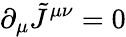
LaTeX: \partial_{\mu}\tilde{J}^{\mu\nu}=0